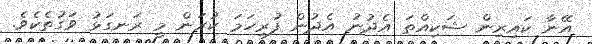
އޭނާ ކައިރިން ޝަކިއްތަ އެދުނު އެދުން ފުރިހަމަ ކުރަން މީ ރަނގަޅު ވަގުތެކެވެ.